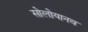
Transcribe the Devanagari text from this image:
सोलोयानव